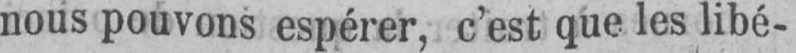
nous pouvons espérer, c’est que les libé-